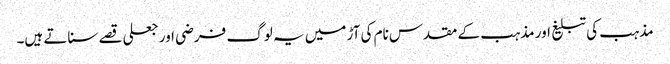
مذہب کی تبلیغ اور مذہب کے مقدس نام کی آڑ میں یہ لوگ فرضی اور جعلی قصے سناتے ہیں۔